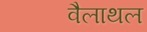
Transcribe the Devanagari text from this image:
वैलाथल